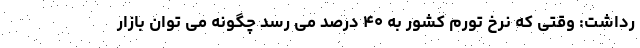
رداشت: وقتی که نرخ تورم کشور به ۴۰ درصد می رسد چگونه می توان بازار